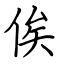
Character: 俟